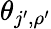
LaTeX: \theta_{j^{\prime},\rho^{\prime}}